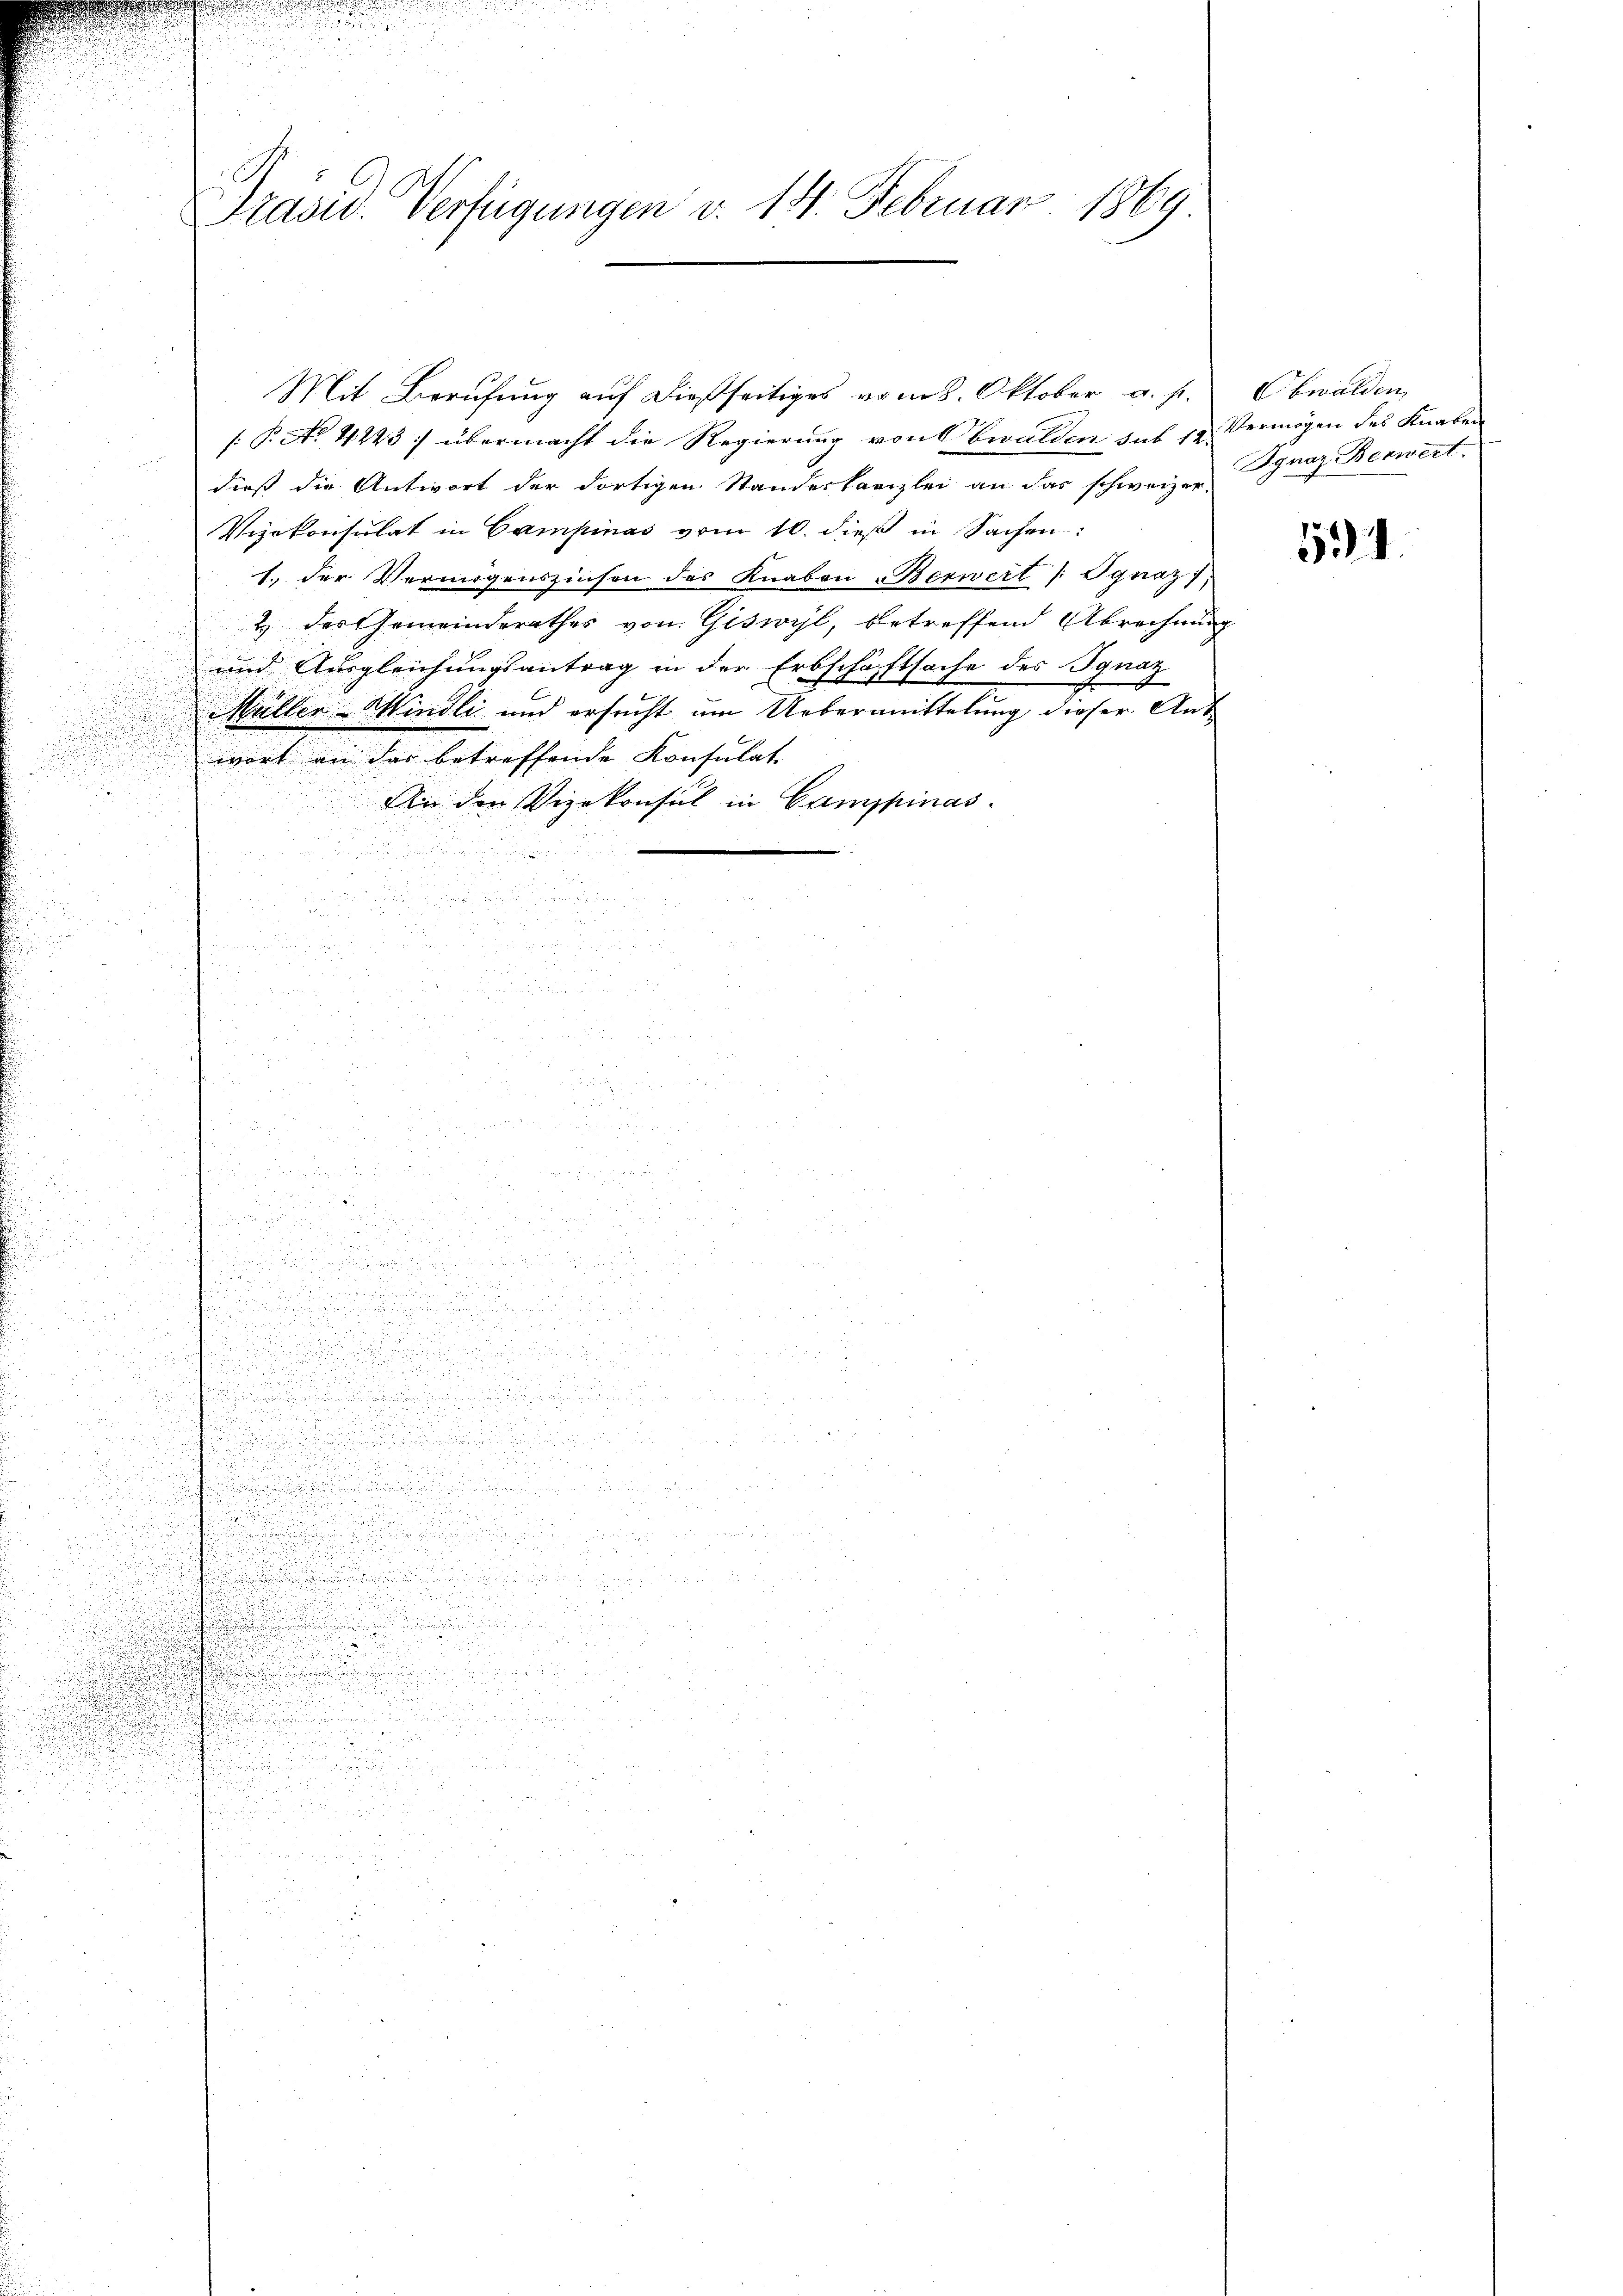
u

n

u

n

u
.

n

e

u

.

Präsid. Verfügungen d. 14. Februar 1860

Mit Berufung auf dießseitiges vom 8. Oktober a. s.
[: P. No 4223) übermacht die Regierung von Obwalden sub 10. Vermögen des Knaben
dieß die Antwort der dortigen Standeskanzlei an das schweizer-
Vizekonsulat in Campinas vom 10. dieß in Sachen:
1. der Vermögenszinsen des Knaben Berwert /: Ignaz),
& das Gemeinderathes von Giswyl, betreffend Abrechnung
und Ausgleichungsantrag in der Erbschäftsache des Ignaz
Müller-Mindli und ersucht um Uebermittelung dieser Ant
wort an das betreffende Konsulat
An den Vizekonsul in Camppinas.

Cbwalden
Ignaz Berwert.

591.